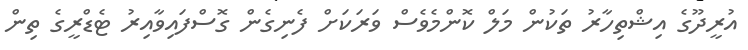
އުރީދޫގެ އިޝްތިހާރު ތަކުން މަލް ކޮންމެވެސް ވަރަކަށް ފެނިގެން ގޮސްފައިވާއިރު ޓެޑްރީގެ ތިން